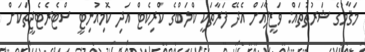
މަޤާމުގެ ޝަރުޠުތައް: ވަޒީފާއަށް އެދޭ ފަރާތަކީ ކްލަބްގެ ކްރިކެޓް އަދި ކޮމިއުނިޓީ ސްޓެރެޓެޖީތަކަށް